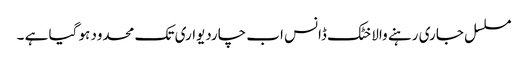
مسلسل جاری رہنے والا خٹک ڈانس اب چاردیواری تک محدود ہو گیا ہے ۔